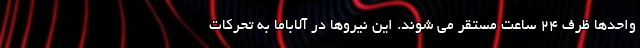
واحدها ظرف ۲۴ ساعت مستقر می شوند. این نیروها در آلاباما به تحرکات